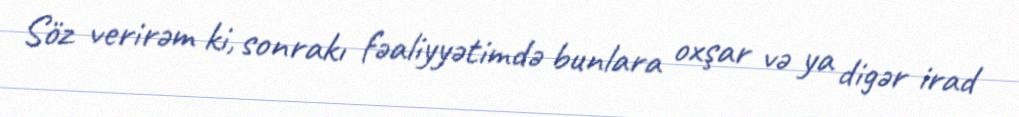
Söz verirəm ki, sonrakı fəaliyyətimdə bunlara oxşar və ya digər irad